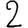
Digit: 2